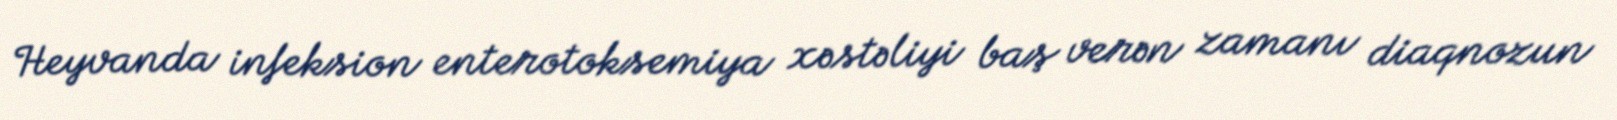
Heyvanda infeksion enterotoksemiya xəstəliyi baş verən zamanı diaqnozun